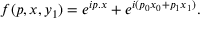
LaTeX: f ( p , x , y _ { 1 } ) = e ^ { i p . x } + e ^ { i ( p _ { 0 } x _ { 0 } + p _ { 1 } x _ { 1 } ) } .